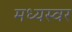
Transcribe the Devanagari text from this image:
मध्यस्वर